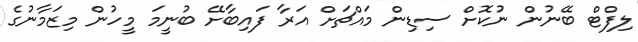
ލިފްޓް ބޭނުން ނުކޮށް ސިޑިން މައްޗަށް އަރާ ފައިބާށޭ ބުނީމަ މީހުން މިޒަމާނުގެ